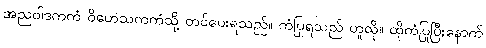
အညဝါဒကကံ ဝိဟေသကကံသို့ တင်ပေးရသည်။ ကံပြုရသည် ဟူလို။ ထိုကံပြုပြီးနောက်